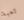
تعبة